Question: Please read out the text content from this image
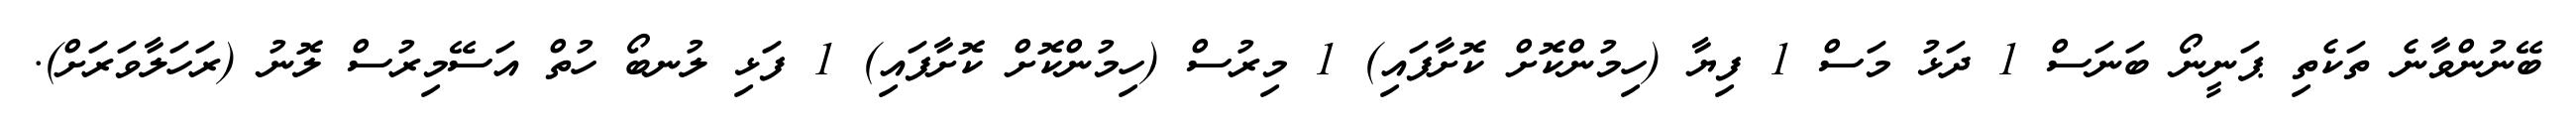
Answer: ބޭނުންވާނެ ތަކެތި ޕަނީނޯ ބަނަސް 1 ދަޅު މަސް 1 ފިޔާ (ހިމުންކޮށް ކޮށާފައި) 1 މިރުސް (ހިމުންކޮށް ކޮށާފައި) 1 ފަޅި ލުނބޯ ހުތް އަސޭމިރުސް ލޮނު (ރަހަލާވަރަށް).